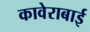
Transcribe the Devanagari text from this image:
कावेराबाई